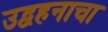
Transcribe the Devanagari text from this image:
उद्वहनाचा